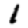
Digit: 1